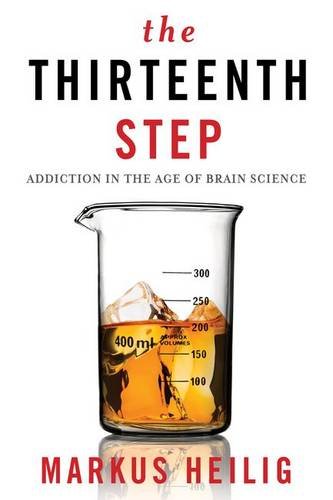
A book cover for The Thirteenth Step: Addiction in the Age of Brain Science; Markus Heilig; Medical Books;